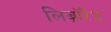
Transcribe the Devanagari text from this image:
लिब्रॉरैंड